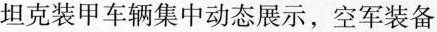
坦克装甲车辆集中动态展示，空军装备